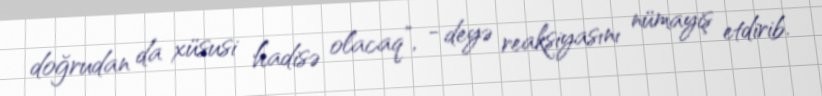
doğrudan da xüsusi hadisə olacaq”, - deyə reaksiyasını nümayiş etdirib.